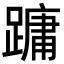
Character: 𮜑